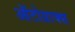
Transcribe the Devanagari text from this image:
ऑटोग्राफ्स